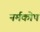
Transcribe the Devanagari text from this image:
नर्मकोष